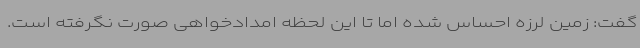
گفت: زمین لرزه احساس شده اما تا این لحظه امدادخواهی صورت نگرفته است.